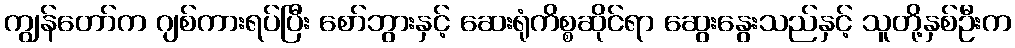
ကျွန်တော်က ဂျစ်ကားရပ်ပြီး စော်ဘွားနှင့် ဆေးရုံကိစ္စဆိုင်ရာ ဆွေးနွေးသည်နှင့် သူတို့နှစ်ဦးက